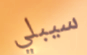
سيبلي